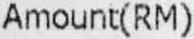
AMOUNT(RM)